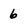
Character: 6